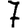
Digit: 7